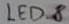
Text: LED_8